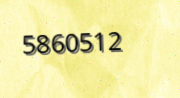
5860512